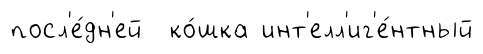
посл'е́дн'ей ко́шка инт'елл'иг'е́нтный